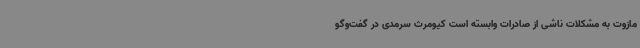
مازوت به مشکلات ناشی از صادرات وابسته است کیومرث سرمدی در گفت‌وگو